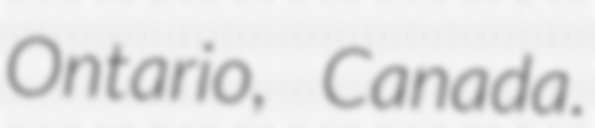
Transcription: Ontario, Canada.